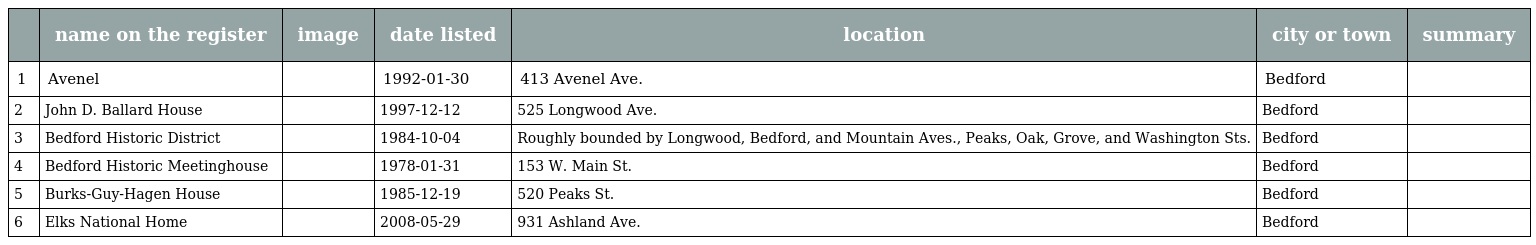
|  | name on the register | image | date listed | location | city or town | summary |
 | --- | --- | --- | --- | --- | --- | --- |
 | 1 | Avenel |  | 1992-01-30 | 413 Avenel Ave. | Bedford |  |
 | 2 | John D. Ballard House |  | 1997-12-12 | 525 Longwood Ave. | Bedford |  |
 | 3 | Bedford Historic District |  | 1984-10-04 | Roughly bounded by Longwood, Bedford, and Mountain Aves., Peaks, Oak, Grove, and Washington Sts. | Bedford |  |
 | 4 | Bedford Historic Meetinghouse |  | 1978-01-31 | 153 W. Main St. | Bedford |  |
 | 5 | Burks-Guy-Hagen House |  | 1985-12-19 | 520 Peaks St. | Bedford |  |
 | 6 | Elks National Home |  | 2008-05-29 | 931 Ashland Ave. | Bedford |  |